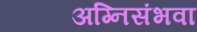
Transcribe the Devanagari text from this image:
अग्निसंभवा